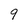
Character: 9